Annual report of the Imperial Bacteriological Laboratory, Muktesar
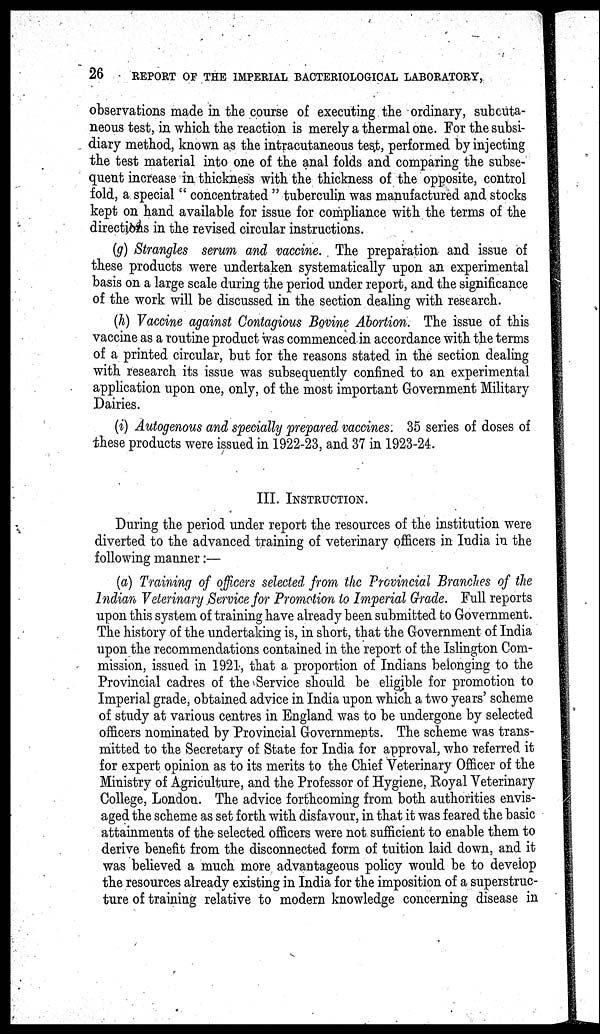
26
REPORT OF THE IMPERIAL BACTERIOLOGICAL LABORATORY,
observations made in the course of executing the ordinary, subcuta-
neous test, in which the reaction is merely a thermal one. For the subsi-
diary method, known as the intracutaneous test, performed by injecting
the test material into one of the anal folds and comparing the subse-
quent increase in thickness with the thickness of the opposite, control
fold, a special " concentrated " tuberculin was manufactured and stocks
kept on hand available for issue for compliance with the terms of the
directions in the revised circular instructions.
(g) Strangles serum and vaccine. The preparation and issue of
these products were undertaken systematically upon an experimental
basis on a large scale during the period under report, and the significance
of the work will be discussed in the section dealing with research.
(h) Vaccine against Contagious Bovine Abortion. The issue of this
vaccine as a routine product was commenced in accordance with the terms
of a printed circular, but for the reasons stated in the section dealing
with research its issue was subsequently confined to an experimental
application upon one, only, of the most important Government Military
Dairies.
(i) Autogenous and specially prepared vaccines. 35 series of doses of
these products were issued in 1922-23, and 37 in 1923-24.
III. INSTRUCTION.
During the period under report the resources of the institution were
diverted to the advanced training of veterinary officers in India in the
following manner:—
(a) Training of officers selected from the Provincial Branches of the
Indian Veterinary Service for Promotion to Imperial Grade. Full reports
upon this system of training have already been submitted to Government.
The history of the undertaking is, in short, that the Government of India
upon the recommendations contained in the report of the Islington Com-
mission, issued in 1921, that a proportion of Indians belonging to the
Provincial cadres of the Service should be eligible for promotion to
Imperial grade, obtained advice in India upon which a two years' scheme
of study at various centres in England was to be undergone by selected
officers nominated by Provincial Governments. The scheme was trans-
mitted to the Secretary of State for India for approval, who referred it
for expert opinion as to its merits to the Chief Veterinary Officer of the
Ministry of Agriculture, and the Professor of Hygiene, Royal Veterinary
College, London. The advice forthcoming from both authorities envis-
aged the scheme as set forth with disfavour, in that it was feared the basic
attainments of the selected officers were not sufficient to enable them to
derive benefit from the disconnected form of tuition laid down, and it
was believed a much more advantageous policy would be to develop
the resources already existing in India for the imposition of a superstruc-
ture of training relative to modern knowledge concerning disease in